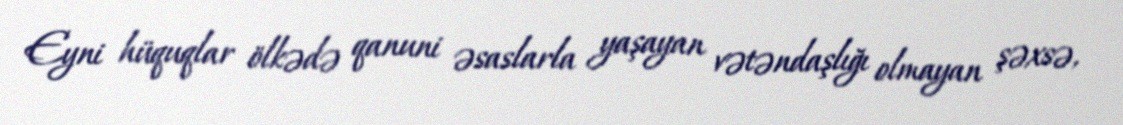
Eyni hüquqlar ölkədə qanuni əsaslarla yaşayan vətəndaşlığı olmayan şəxsə,